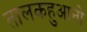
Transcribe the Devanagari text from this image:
तालकहुआनो